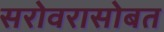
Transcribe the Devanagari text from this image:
सरोवरासोबत